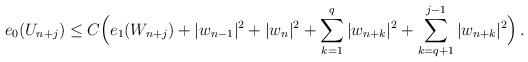
\begin{align*} e_0(U_{n+j}) \le C \Big( e_1(W_{n+j}) + |w_{n-1}|^2 +|w_n|^2 + \sum_{k=1}^q |w_{n+k}|^2 + \sum_{k=q+1}^{j-1} |w_{n+k}|^2 \Big) \,. \end{align*}